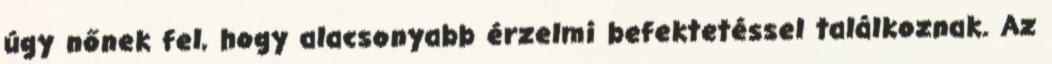
úgy nőnek fel, hogy alacsonyabb érzelmi befektetéssel találkoznak. Az